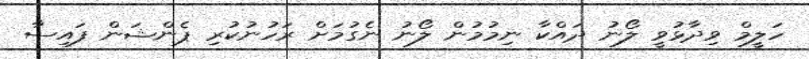
ހަލީމް ވިދާޅުވީ ލޯނު ދައްކާ ނިމުމުން ލޯނު ނެގުމަށް ރަހުނުކުރި ޕެންޝަން ފައިސާ